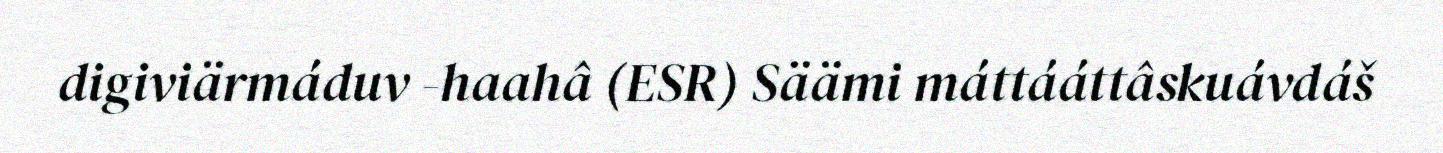
digiviärmáduv -haahâ (ESR) Säämi máttááttâskuávdáš